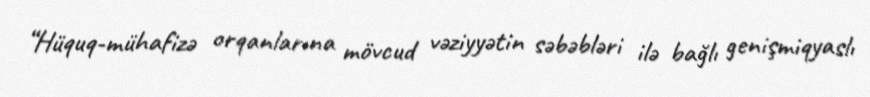
“Hüquq-mühafizə orqanlarına mövcud vəziyyətin səbəbləri ilə bağlı genişmiqyaslı